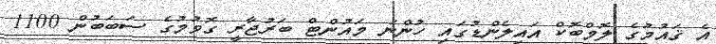
އެ ޤައުމުގެ ލޮމްބޮކް އައިލެންޑުގައި ހުންނަ މައުންޓް ބަރުޖާރީ ގޮވުމުގެ ސަބަބުން 1100